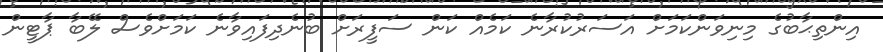
އިންތިޙާބުގެ މިނިވަންކަމަށް އަސަރުކުރާނެ ކަމެއް ކަން ސަފީރަށް ބުނެދިފައިވާނެ ކަަމަށްވެސް ލޭބާ ޕާޓީން